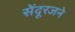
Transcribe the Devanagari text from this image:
सेंदूरजने